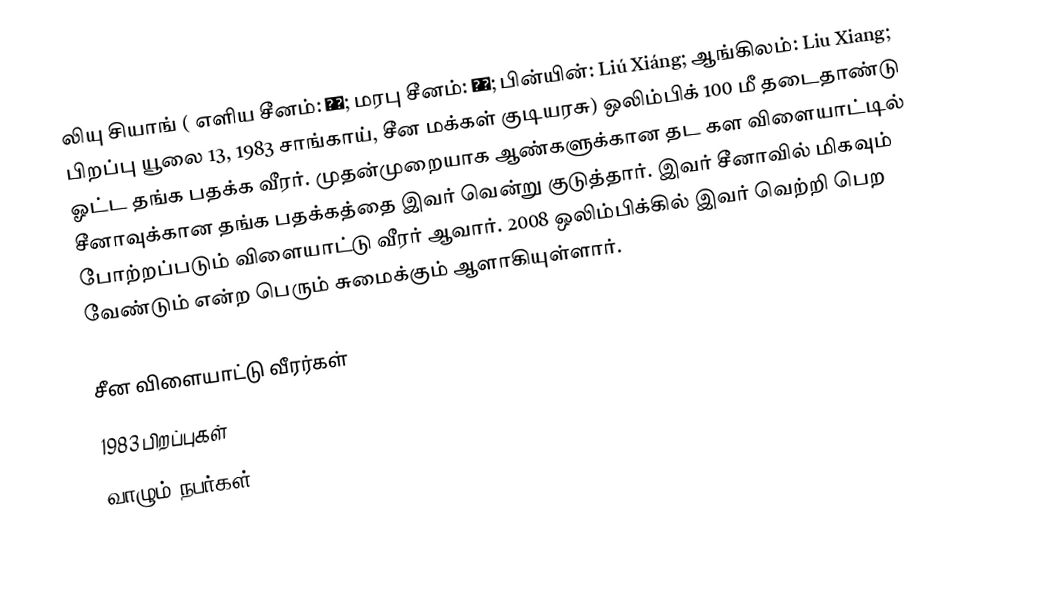
லியு சியாங் ( எளிய சீனம்: 刘翔; மரபு சீனம்: 劉翔; பின்யின்: Liú Xiáng; ஆங்கிலம்: Liu Xiang; பிறப்பு யூலை 13, 1983 சாங்காய், சீன மக்கள் குடியரசு) ஒலிம்பிக் 100 மீ தடைதாண்டு ஓட்ட தங்க பதக்க வீரர். முதன்முறையாக ஆண்களுக்கான தட கள விளையாட்டில் சீனாவுக்கான தங்க பதக்கத்தை இவர் வென்று குடுத்தார். இவர் சீனாவில் மிகவும் போற்றப்படும் விளையாட்டு வீரர் ஆவார். 2008 ஒலிம்பிக்கில் இவர் வெற்றி பெற வேண்டும் என்ற பெரும் சுமைக்கும் ஆளாகியுள்ளார்.

சீன விளையாட்டு வீரர்கள்
1983 பிறப்புகள்
வாழும் நபர்கள்